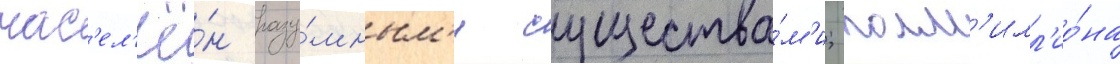
нас'ел'ё́н разу́мным'и существа́м'и; полм'илл'ио́на